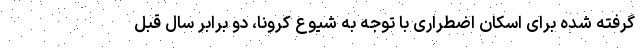
گرفته شده برای اسکان اضطراری با توجه به شیوع کرونا، دو برابر سال قبل